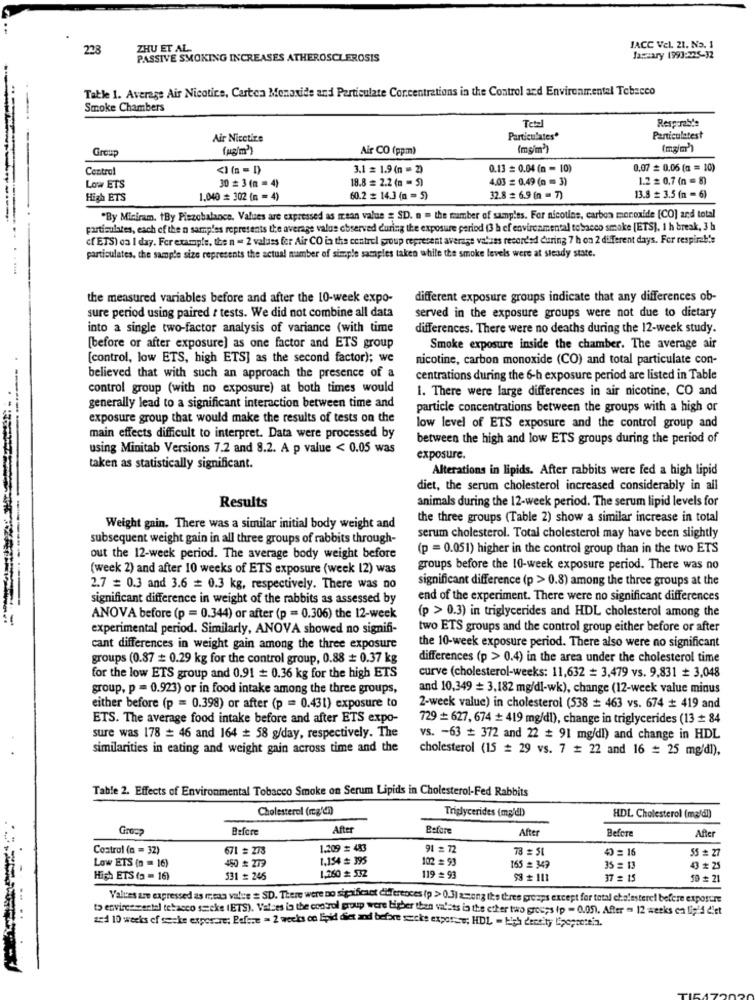
IACC Vel. 21. No. 1
22
ZHU ET AL.
PASSIVE SMOKING INCREASES ATHEROSCLEROSIS
January 1993:225-32
Table 1. Average Air Nicotine, Cartea Monoxide and Particulate Concentrations in the Control and Environmental Tobacco
Smoke Chambers
Temel
Respirable
Air Nicetice
Particulates*
Paniculatest
Group
Air CO (ppm)
(mg/m')
(mg/m')
Central
<1 (n = D)
3.1 = 1.9 (n = 2)
0.13 = 0.04 (n = 10)
0,07 = 0.06 (n = 10)
18.8 = 2.2 (n = 5)
4.03 = 0.49 (n = 3)
1.2 = 0,7 (n = 8)
Low ETS
30 # 3 (n = 4)
High ETS
1.040 = 302 (n = 4)
60.2 = 14.3 (n = 5)
32.8 = 6.9 (n = 7)
13.8 = 3.5 (n = 6)
"By Miniram. tBy Piezobalance. Values are expressed as mean value = SD. n = the member of samples. For nicotine, carbon monoxide [CO] and total
particulates, each of the n samples represents the average value observed during the exposure period (3 h cf environmental tobacco smoke [ETS], 1 h break, 3 h
cfETS) oa I day. For example, the n . 2 valuss for Air CO in the centrel group represent average values recorded during 7 h on 2 diferent days. For respireb's
particulates. the sample size represents the actual number of simple samples taken while the smoke levels were at steady state.
the measured variables before and after the 10-week expo-
different exposure groups indicate that any differences ob-
served in the exposure groups were not due to dietary
sure period using paired t tests. We did not combine all data
into a single two-factor analysis of variance (with time
differences. There were no deaths during the 12-week study.
[before or after exposure) as one factor and ETS group
Smoke exposure inside the chamber. The average air
[control, low ETS, high ETS] as the second factor); we
nicotine, carbon monoxide (CO) and total particulate con-
believed that with such an approach the presence of a
centrations during the 6-h exposure period are listed in Table
control group (with no exposure) at both times would
1. There were large differences in air nicotine, CO and
generally lead to a significant interaction between time and
particle concentrations between the groups with a high or
exposure group that would make the results of tests on the
low level of ETS exposure and the control group and
main effects difficult to interpret. Data were processed by
between the high and low ETS groups during the period of
using Minitab Versions 7.2 and 8.2. A p value < 0.05 was
exposure.
taken as statistically significant.
Alterations in lipids. After rabbits were fed a high lipid
diet, the serum cholesterol increased considerably in all
Results
animals during the 12-week period. The serum lipid levels for
--
the three groups (Table 2) show a similar increase in total
Weight gain. There was a similar initial body weight and
subsequent weight gain in all three groups of rabbits through-
serum cholesterol. Total cholesterol may have been slightly
(p = 0.051) higher in the control group than in the two ETS
out the 12-week period. The average body weight before
(week 2) and after 10 weeks of ETS exposure (week 12) was
groups before the 10-week exposure period. There was no
significant difference (p > 0.8) among the three groups at the
2.7 = 0.3 and 3.6 = 0.3 kg, respectively. There was no
significant difference in weight of the rabbits as assessed by
end of the experiment. There were no significant differences
(p > 0.3) in triglycerides and HDL cholesterol among the
ANOVA before (p = 0.344) or after (p = 0.306) the 12-week
experimental period. Similarly, ANOVA showed no signifi-
two ETS groups and the control group either before or after
cant differences in weight gain among the three exposure
the 10-week exposure period. There also were no significant
groups (0.87 = 0.29 kg for the control group, 0.88 # 0.37 kg
differences (p > 0.4) in the area under the cholesterol time
for the low ETS group and 0.91 = 0.36 kg for the high ETS
curve (cholesterol-weeks: 11,632 = 3,479 vs. 9,831 = 3,048
group, p = 0.923) or in food intake among the three groups,
and 10,349 = 3,182 mg/dl-wk), change (12-week value minus
either before (p = 0.398) or after (p = 0.431) exposure to
2-week value) in cholesterol (538 = 463 vs. 674 + 419 and
ETS. The average food intake before and after ETS expo-
729 = 627, 674 + 419 mg/dl), change in triglycerides (13 # 84
sure was 178 = 46 and 164 = 58 g/day, respectively. The
vs. - 63 # 372 and 22 # 91 mg/dl) and change in HDL
similarities in eating and weight gain across time and the
cholesterol (15 = 29 vs. 7 # 22 and 16 = 25 mg/dl),
Table 2. Effects of Environmental Tobacco Smoke on Serum Lipids in Cholesterol-Fed Rabbits
Cholesterol (mg'di)
Triglycerides (mg/dl)
HDL Cholesterol (mg/dl)
Greca
Before
After
Before
After
Before
After
Control (n = 32)
671 = 273
1.209 = 483
91 = 72
78 = 51
40 = 16
55 = 27
450 * 279
1.154 = 395
102 = 93
Low ETS (n = 16)
1,260 ≥ 532
165 = 349
35 = 13
43 # 25
High ETS (3 - 16)
531 # 246
119 = 93
$3 # 111
37 = 15
50 = 21
Values are expressed as mean value = SD. There were no significant differences (p > 0.3) among the three proaps except for total cholesterel before exposure
to enviressentel tobacco sseke (ETS). Valzes ia the control group were higher than valets in the etter two groups (p = 0.05). After => 12 weeks en lipid diet
zed 10 weeks of secke exposure; Before = 2 weeks co Epid diet and before sucks exporsw; HDL - high density lipoprotein.